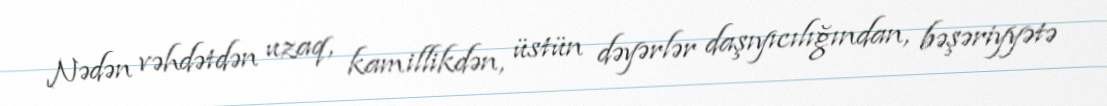
Nədən vəhdətdən uzaq, kamillikdən, üstün dəyərlər daşıyıcılığından, bəşəriyyətə